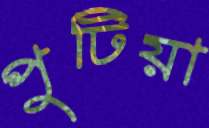
পুটিয়া